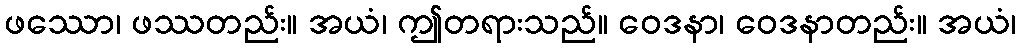
ဖဿော၊ ဖဿတည်း။ အယံ၊ ဤတရားသည်။ ဝေဒနာ၊ ဝေဒနာတည်း။ အယံ၊